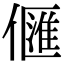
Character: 㒑